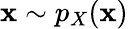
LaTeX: \mathbf{x}\sim p_{X}(\mathbf{x})